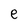
Character: e